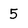
Character: 5